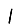
Digit: 1